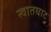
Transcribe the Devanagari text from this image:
स्वातघाट